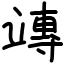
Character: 竱